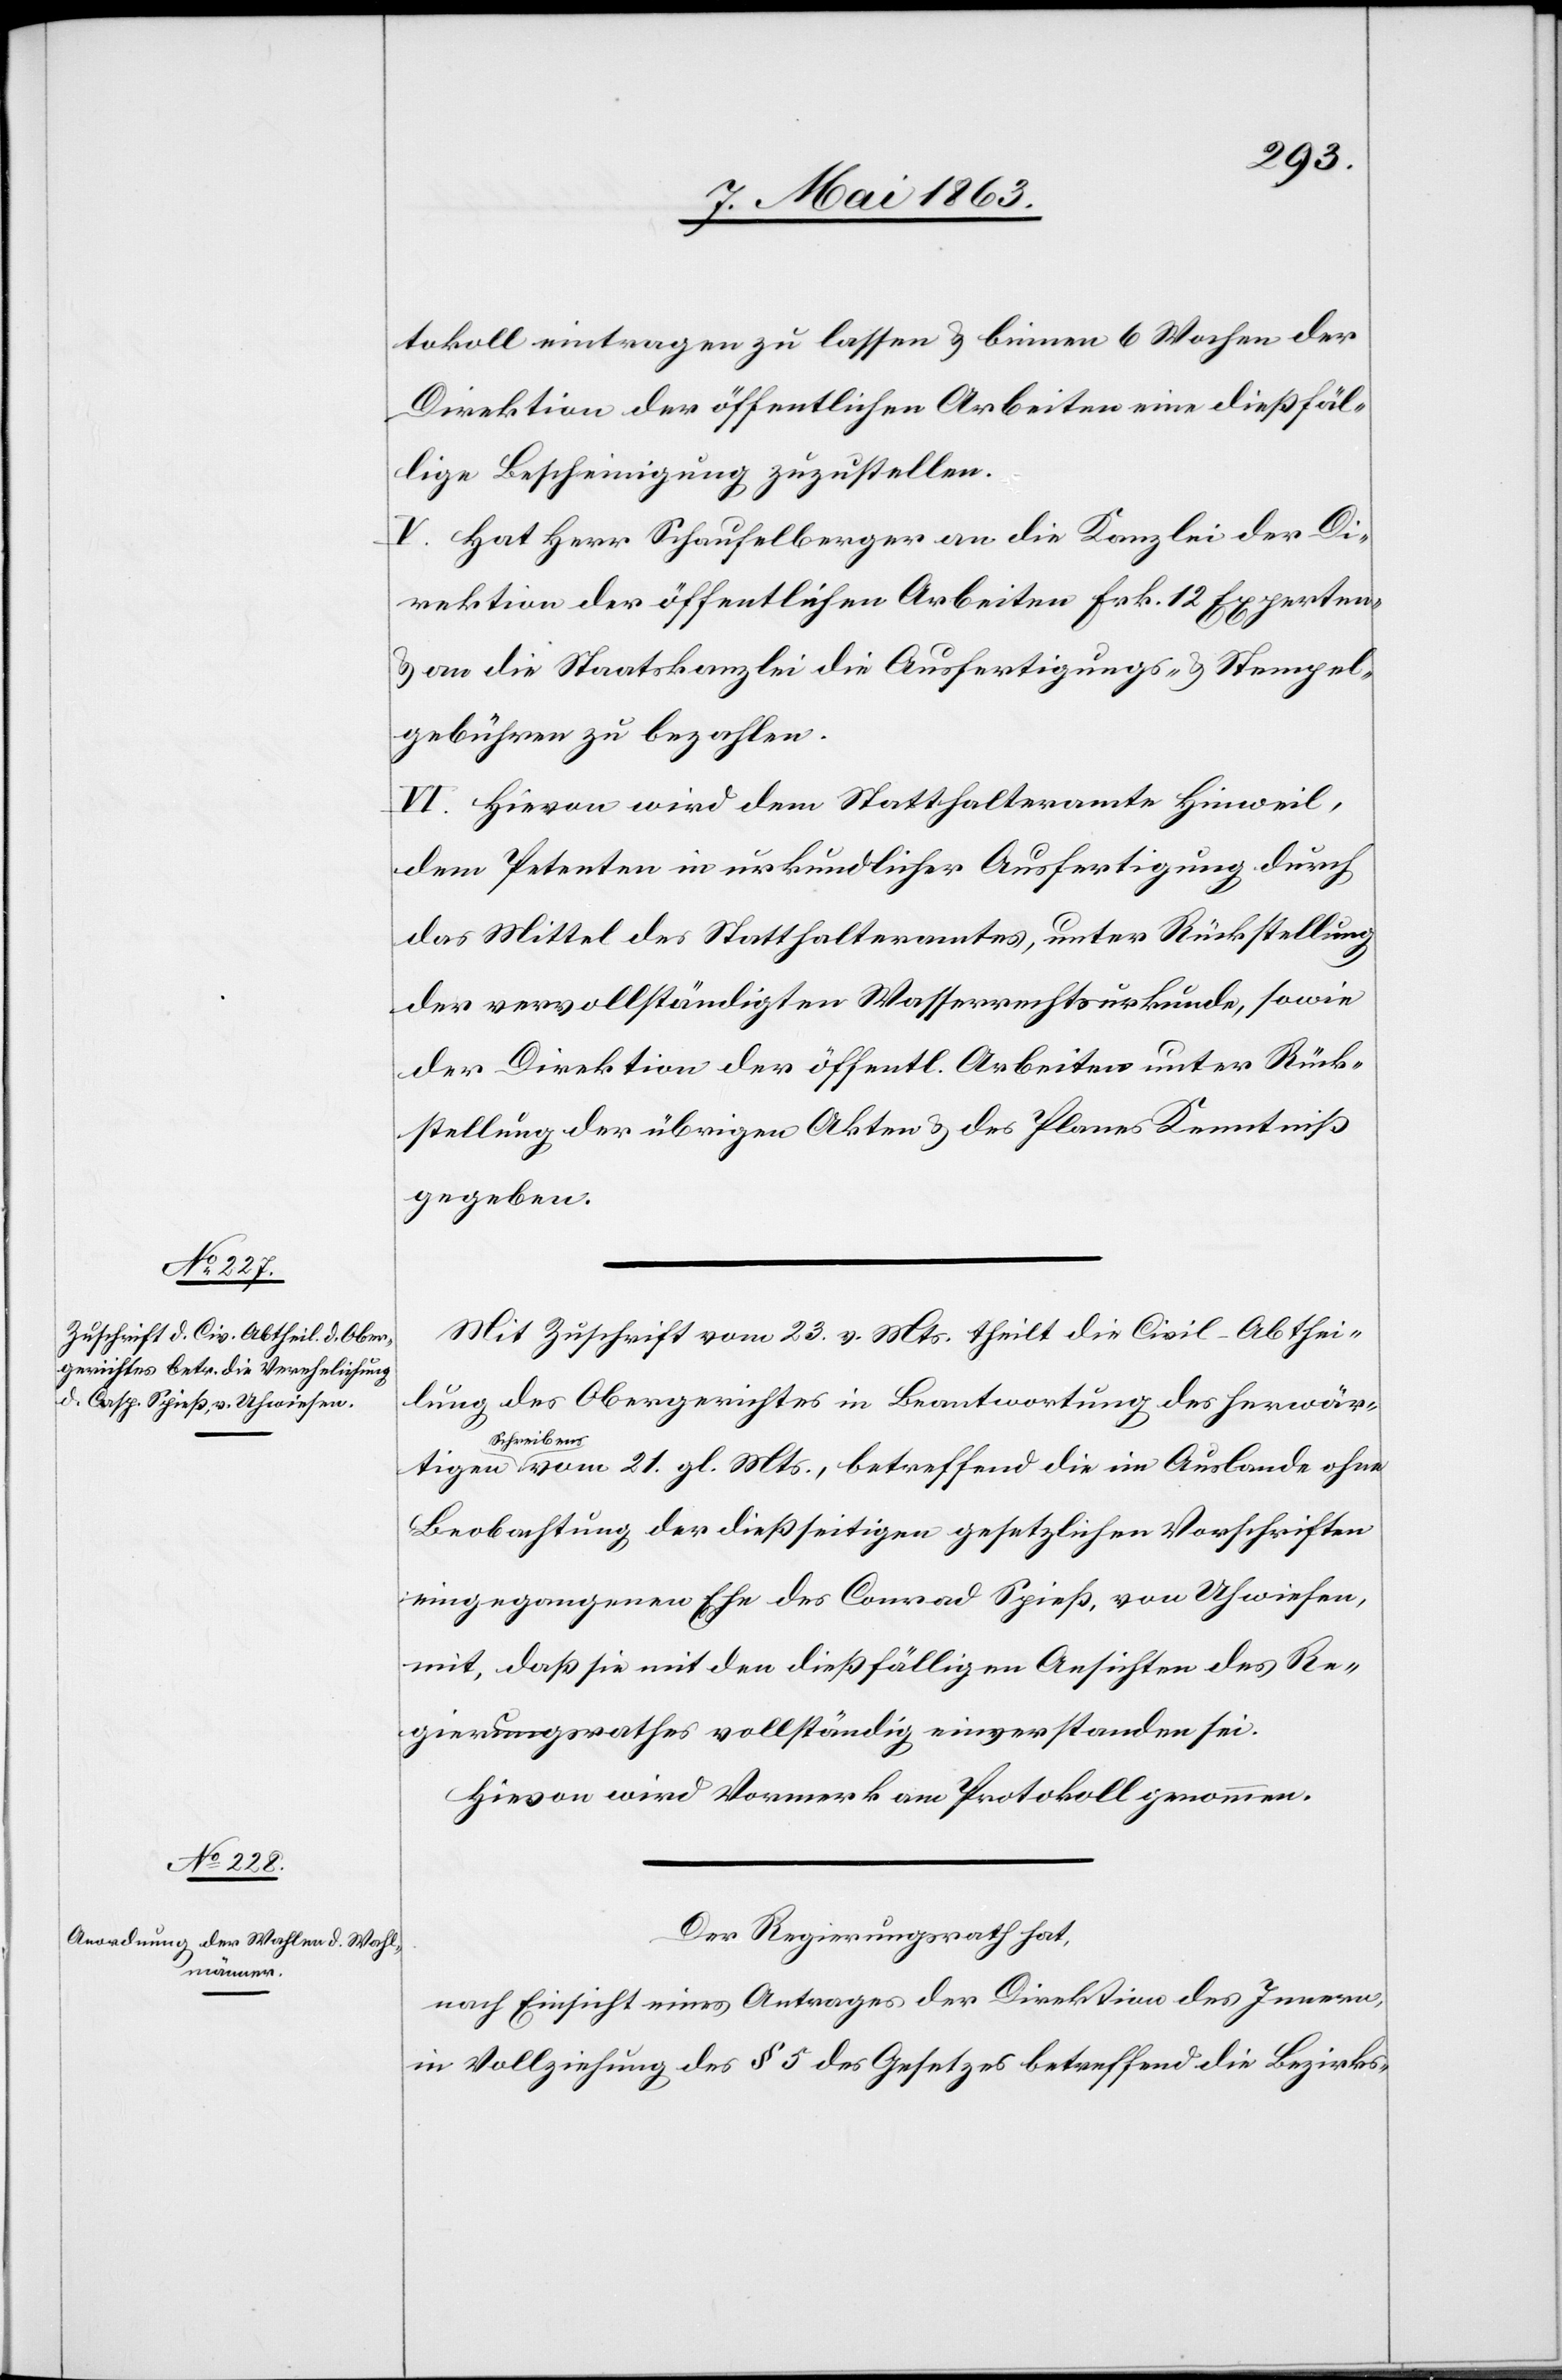
tigen Schr¬

tokoll eintragen zu lassen u. binnen 6 Wochen der
Direktion der öffentlichen Arbeiten eine dießfäl¬
lige Bescheinigung zuzustellen.
V. Hat Herr Schaufelberger an die Kanzlei der Di¬
rektion der öffentlichen Arbeiten Frk. 12 Experten-
u. an die Staatskanzlei die Ausfertigungs- u. Stempel¬
gebühren zu bezahlen.
VI. Hievon wird dem Statthalteramte Hinweil,
dem Petenten in urkundlicher Ausfertigung durch
das Mittel des Statthalteramtes, unter Rückstellung
der vervollständigten Wasserrechtsurkunde, sowie
der Direktion der öffentlichen Arbeiten unter Rück¬
stellung der übrigen Akten u. des Planes Kenntniß
gegeben.
Mit Zuschrift vom 23. v. Mts. theilt die Civil-Abthei¬
lung des Obergerichtes in Beantwortung des herwär¬
eibens vom 21. gl. Mts., betreffend die im Auslande ohne
Beobachtung der dießseitigen gesetzlichen Vorschriften
eingegangenen Ehe des Conrad [sic!] Spieß, von Uhwiesen,
mit, daß sie mit den dießfälligen Ansichten des Re¬
gierungsrathes vollständig einverstanden sei.
Hievon wird Vormerk am Protokoll genommen.
Der Regierungsrath hat,
nach Einsicht eines Antrages der Direktion des Innern,
in Vollziehung des § 5 des Gesetzes betreffend die Bezirks-